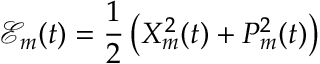
\mathcal { E } _ { m } ( t ) = \frac { 1 } { 2 } \left( X _ { m } ^ { 2 } ( t ) + P _ { m } ^ { 2 } ( t ) \right)